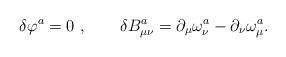
LaTeX: \begin{align*}\delta \varphi ^a=0~,\quad \quad \delta B_{\mu \nu }^a=\partial_\mu \omega _\nu ^a-\partial _\nu \omega _\mu ^a. \end{align*}